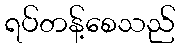
ရပ်တန့်စေသည်